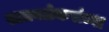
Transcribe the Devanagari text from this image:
सातवळेकरांच्या